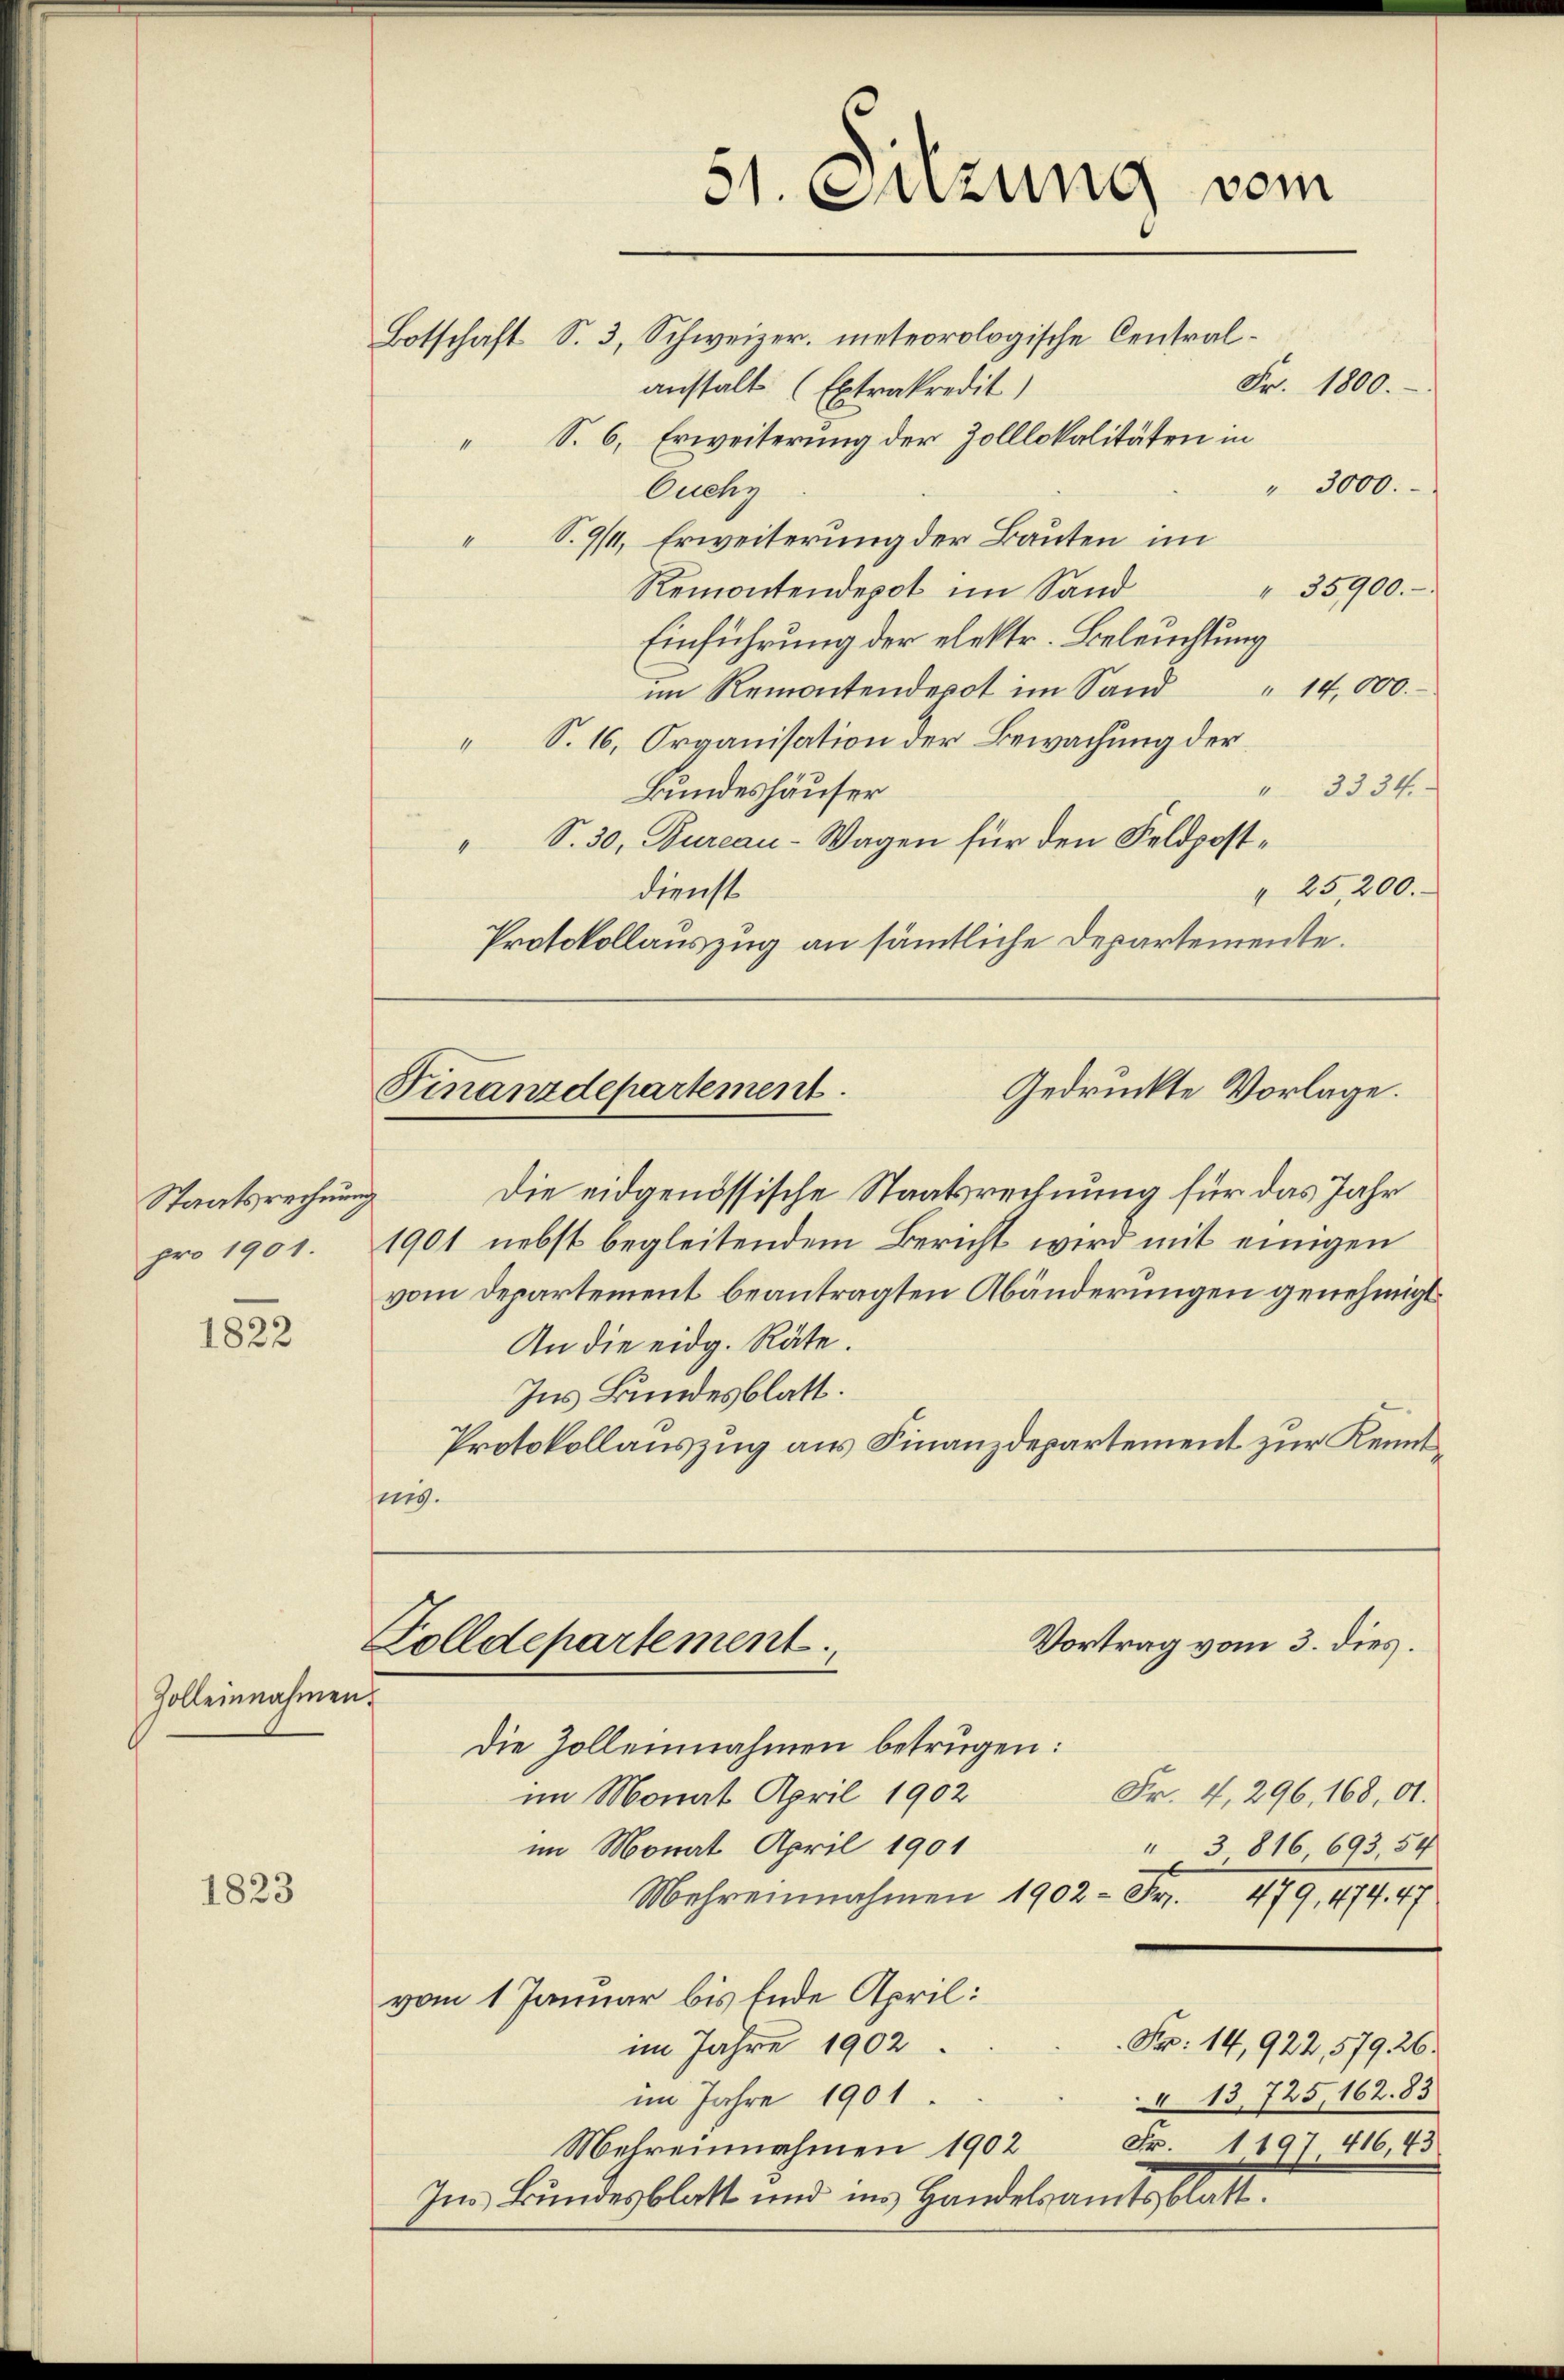
Staatsrechnung
pro 1901.

1822

1823

Zolleinnahmen.

51. Suzung vom

Gedruckte Vorlage.
Finanzdepartement.

Vortrag vom 3. dies
Zolldepartement

Botschaft S. 3, Schweizer. meteorologische Central¬
Fr. 1800.
anstalt (Extrakredit)
 S. 6, Erweiterung der Zolllokalitäten in
" 3000.
Cuchy
S.9/I, Erweiterung der Bauten im
1
" 35900.
Remontendepot im Sand
Einführung der elektr. Beleuchtung
" 14,000.
im Remontendepot im Sand
 S. 16, Organisation der Bewachung der
3334.
Bundeshäuser
" S. 30, Bureau-Wagen für den Feldpost¬
25,200.
Dienst
Protokollauszug an sämmtliche Departemente.

Die eidgenössische Staatsrechnung für das Jahr
1901 nebst begleitendem Bericht wird mit einigen
vom Departement beantragten Abänderungen genehmigt.
An die eidg. Räte.
Ins Bundesblatt.
Protokollauszug aus Finanzdepartement zur Kenntnig.

Die Zolleinnahmen betrügen:
Fr. 4, 296, 168, 01.
im Monat April 1902
im Monat April 1901
" 3 816 693, 54
Mehreinnahmen 1902 - Fr. 479, 414. 47
vom 1 Januar bis Ende April:
Fr. 14,922, 579, 26.
im Jahre 1902.
 13. 725, 162. 83
im Jahre 1901.
Mehreinnahmen 1902 Fr. 119 416,43
Im Bundesblatt und ins Handelsamtsblatt.